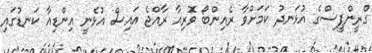
ގްރީންޕީސްގެ އުޅަނދު ކަމަށްވާ ރެއިންބޯ ވޮރިއާ ރާއްޖެ އައިސް އުޅެނީ އިންޑިއާ ކަނޑުގައި